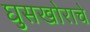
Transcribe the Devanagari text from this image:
घुसखोराचे